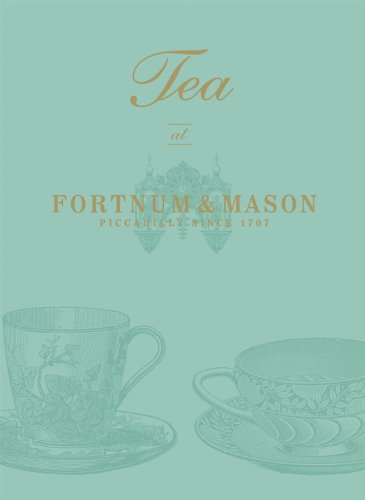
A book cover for Tea at Fortnum & Mason; Emma Marsden; Cookbooks, Food & Wine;